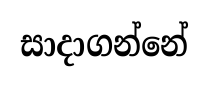
සාදාගන්නේ